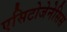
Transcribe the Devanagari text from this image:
एसिटोजेनेसिस